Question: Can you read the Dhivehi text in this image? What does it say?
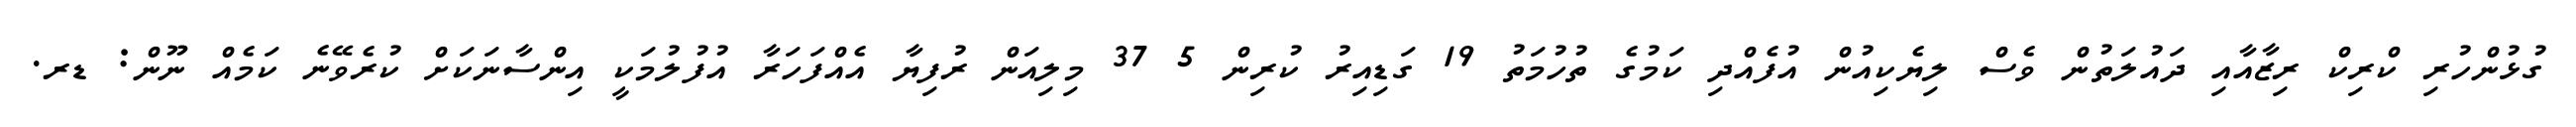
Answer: ގުޅުންހުރި ކްރިކް ރިޒާއާއި ދައުލަތުން ވެސް ލިޔެކިއުން އުފެއްދި ކަމުގެ ތުހުމަތު 19 ގަޑިއިރު ކުރިން 5 37 މިލިއަން ރުފިޔާ އެއްފަހަރާ އުފުލުމަކީ އިންސާނަކަށް ކުރެވޭނެ ކަމެއް ނޫން: ޑރ.